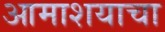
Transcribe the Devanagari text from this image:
आमाशयाचा